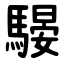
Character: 騴